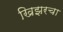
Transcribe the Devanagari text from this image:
खिझरचा